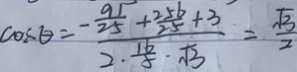
\cos \theta = \frac { - \frac { 9 1 } { 2 5 } + \frac { 2 5 6 } { 2 5 } + 3 } { 2 \cdot \frac { 1 6 } { 5 } \cdot \sqrt { 3 } } = \frac { \sqrt { 3 } } { 2 }